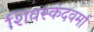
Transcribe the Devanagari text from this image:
शिवस्कंदवर्मा